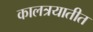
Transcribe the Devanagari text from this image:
कालत्रयातीत